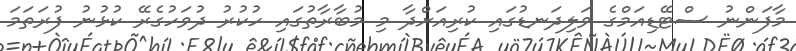
މާފަންނު ސްޓޭޑިއަމްގެ ވަލިދަނޑުގައި ކުރިއަށްދާ މި މުބާރާތުގައި ހުކުރު ދުވަހުގެރޭ ކުޅުނު ފުރަތަމަ